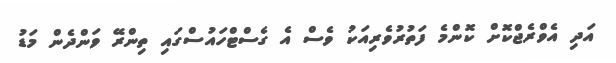
އަދި އެވްރެޖްކޮށް ކޮންމެ ފަތުރުވެރިއަކު ވެސް އެ ގެސްޓްހައުސްގައި ތިންރޭ ވަންދެން މަޑު